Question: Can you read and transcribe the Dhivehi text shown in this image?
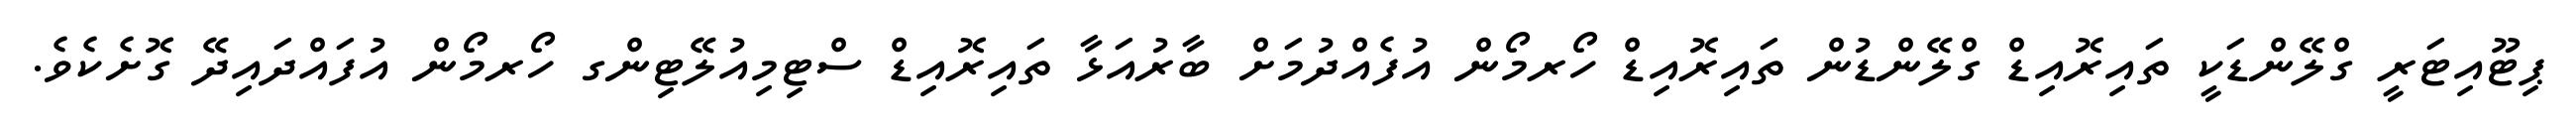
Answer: ޕިޓޫއިޓަރީ ގްލޭންޑަކީ ތައިރޮއިޑް ގްލޭންޑުން ތައިރޮއިޑް ހޯރމޯން އުފެއްދުމަށް ބާރުއަޅާ ތައިރޮއިޑް ސްޓިމިއުލޭޓިންގ ހޯރމޯން އުފައްދައިދޭ ގޮށެކެވެ.